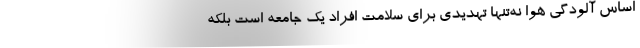
اساس آلودگی هوا نه‌تنها تهدیدی برای سلامت افراد یک جامعه است بلکه